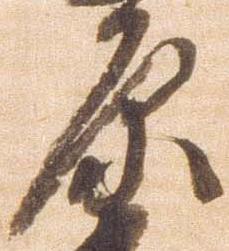
原